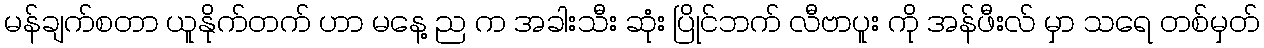
မန်ချက်စတာ ယူနိုက်တက် ဟာ မနေ့ ည က အခါးသီး ဆုံး ပြိုင်ဘက် လီဗာပူး ကို အန်ဖီးလ် မှာ သရေ တစ်မှတ်